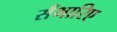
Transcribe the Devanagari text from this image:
सँभारिए